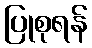
ပြုစုရန်